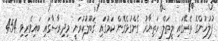
ފުލުހުންގެ ތެރޭގައި ލީތަލް ހަތިޔާރު ގެންގުޅެގެން ކަމުގައި ޤަބޫލުކުރަނީ މިދިރާސާގައި ބައިވެރިވި 454